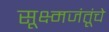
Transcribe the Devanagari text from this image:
सूक्ष्मजंतूंचे